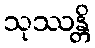
သုဿန္တိ